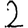
Digit: 2